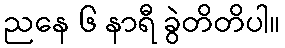
ညနေ ၆ နာရီ ခွဲတိတိပါ။